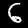
Label: 6